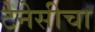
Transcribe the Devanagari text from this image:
टेनेसीचा